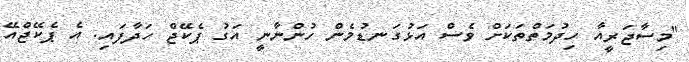
"މިސާޖަރީއާ ހިދުމަތްތަކަށް ވެސް އަޅުގަނޑުމެން ހުންނާނީ އަގު ޕެކޭޖް ހަދާފައި. އެ ޕެކޭޖްއޭ